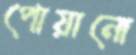
পোয়ানো